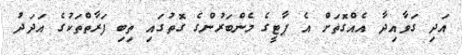
އަދި ގަވާއިދާ އެއްގޮތަށް އެ ޕާޓީގެ މެންބަރުންގެ ގޮތުގައި ތިބި ފަރާތްތަކުގެ އަދަދު